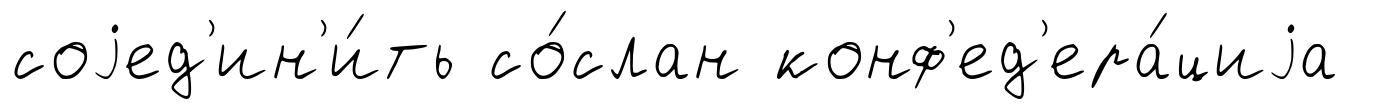
соjед'ин'и́ть со́слан конф'ед'ера́циjа